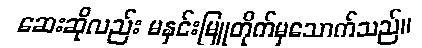
ဆေးဆိုလည်း မနှင်းမြူတိုက်မှသောက်သည်။